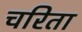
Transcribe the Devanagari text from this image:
चरिता